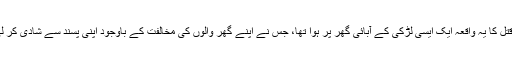
تہرے قتل کا یہ واقعہ ایک ایسی لڑکی کے آبائی گھر پر ہوا تھا، جس نے اپنے گھر والوں کی مخالفت کے باوجود اپنی پسند سے شادی کر لی تھی۔